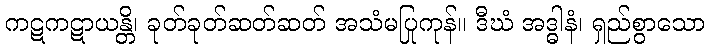
ကဋကဋာယန္တိ၊ ခုတ်ခုတ်ဆတ်ဆတ် အသံမပြုကုန်။ ဒီဃံ အဒ္ဓါနံ၊ ရှည်စွာသော